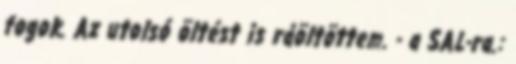
fogok. Az utolsó öltést is ráöltöttem. - a SAL-ra.: